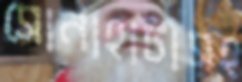
সোনাহাটাসহ